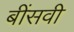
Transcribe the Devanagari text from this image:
बींसवी